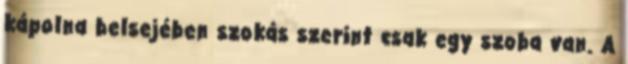
kápolna belsejében szokás szerint csak egy szoba van. A